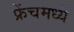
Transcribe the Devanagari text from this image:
फ्रेंचमध्ये